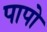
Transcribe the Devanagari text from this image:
पापो